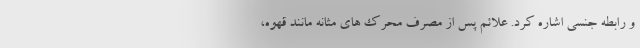
و رابطه جنسی اشاره کرد. علائم پس از مصرف محرک های مثانه مانند قهوه،